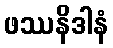
ဖဿနိဒါနံ